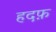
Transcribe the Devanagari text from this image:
हदफ़